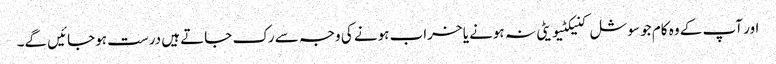
اور آپ کے وہ کام جو سوشل کنیکٹیویٹی نہ ہونے یا خراب ہونے کی وجہ سے رک جاتے ہیں درست ہوجائیں گے۔